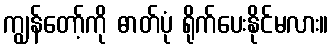
ကျွန်တော့်ကို ဓာတ်ပုံ ရိုက်ပေးနိုင်မလား။